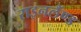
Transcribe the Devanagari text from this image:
राइनलैंण्ड